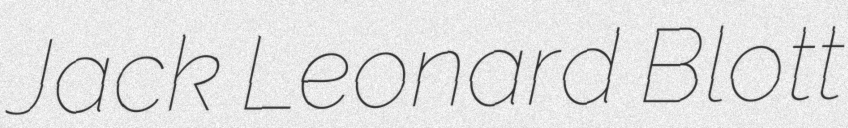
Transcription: Jack Leonard Blott